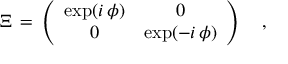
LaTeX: { \mit \Xi } \, = \, \left( \begin{array} { c c } { { \exp ( i \, \phi ) } } & { { 0 } } \\ { { 0 } } & { { \exp ( - i \, \phi ) } } \end{array} \right) \quad ,